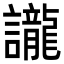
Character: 𮙇